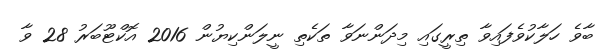
ބާވެ ހަލާކުވެފައިވާ ތިރީގައި މިދަންނަވާ ތަކެތި ނީލަންކިޔުން 2016 އޮކްޓޫބަރު 28 ވާ